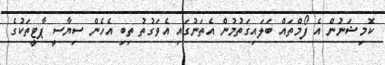
ކޮމިޝަނުން އެ ފޯމްތައް ބަލައިގަތުމުން އެތަނުގައި އެވަގުތު ތިބި އެހެން ސިޔާސީ ޕާޓީތަކުގެ